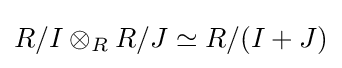
R/I\otimes _{R}R/J\simeq R/(I+J)